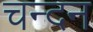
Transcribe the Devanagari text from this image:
चन्‍दन